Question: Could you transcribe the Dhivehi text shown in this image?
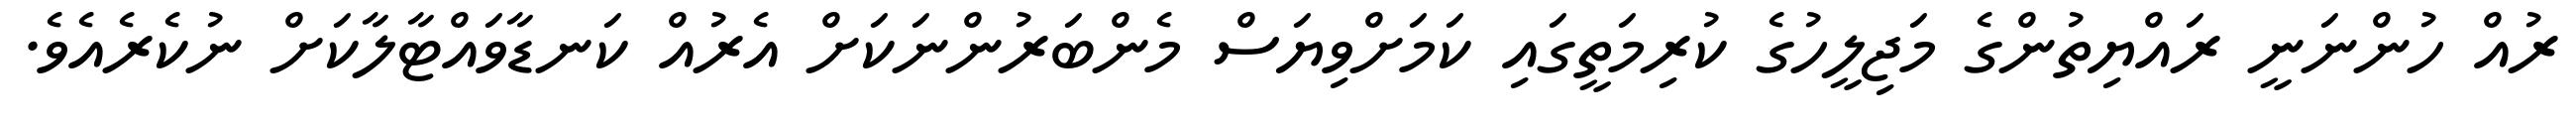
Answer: ރުއް ހުންނަނީ ރައްޔިތުންގެ މަޖިލީހުގެ ކުރިމަތީގައި ކަމަށްވިޔަސް މެންބަރުންނަކަށް އެރުއް ކަނޑާވައްޓާލާކަށް ނުކެރެއެވެ.